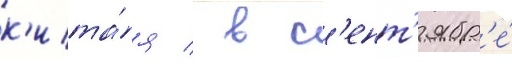
к'ита́я / в с'ент'ябр'е́